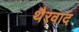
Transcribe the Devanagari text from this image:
थैरवाद